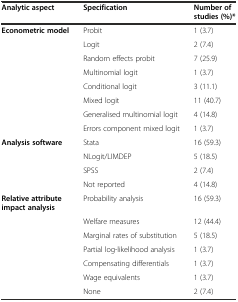
<table><thead><tr><td><b>Analytic aspect</b></td><td><b>Specification</b></td><td><b>Number of studies (%)*</b></td></tr></thead><tbody><tr><td><b>Econometric model</b></td><td>Probit</td><td>1 (3.7)</td></tr><tr><td></td><td>Logit</td><td>2 (7.4)</td></tr><tr><td></td><td>Random effects probit</td><td>7 (25.9)</td></tr><tr><td></td><td>Multinomial logit</td><td>1 (3.7)</td></tr><tr><td></td><td>Conditional logit</td><td>3 (11.1)</td></tr><tr><td></td><td>Mixed logit</td><td>11 (40.7)</td></tr><tr><td></td><td>Generalised multinomial logit</td><td>4 (14.8)</td></tr><tr><td></td><td>Errors component mixed logit</td><td>1 (3.7)</td></tr><tr><td><b>Analysis software</b></td><td>Stata</td><td>16 (59.3)</td></tr><tr><td></td><td>NLogit/LIMDEP</td><td>5 (18.5)</td></tr><tr><td></td><td>SPSS</td><td>2 (7.4)</td></tr><tr><td></td><td>Not reported</td><td>4 (14.8)</td></tr><tr><td><b>Relative attribute impact analysis</b></td><td>Probability analysis</td><td>16 (59.3)</td></tr><tr><td></td><td>Welfare measures</td><td>12 (44.4)</td></tr><tr><td></td><td>Marginal rates of substitution</td><td>5 (18.5)</td></tr><tr><td></td><td>Partial log-likelihood analysis</td><td>1 (3.7)</td></tr><tr><td></td><td>Compensating differentials</td><td>1 (3.7)</td></tr><tr><td></td><td>Wage equivalents</td><td>1 (3.7)</td></tr><tr><td></td><td>None</td><td>2 (7.4)</td></tr></tbody></table>